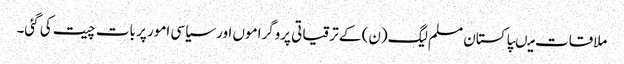
ملاقات میںپاکستان مسلم لیگ(ن) کے ترقیاتی پروگراموں اور سیاسی امور پر بات چیت کی گئی۔